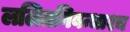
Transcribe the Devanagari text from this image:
ललितनिबन्धाश्च